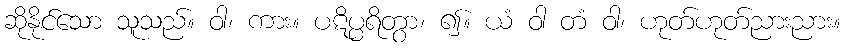
ဆိုနိုင်သော သူသည်။ ဝါ၊ ကား။ ပဋိပ္ပရိတွာ၊ ၍။ ယံ ဝါ တံ ဝါ၊ ဟုတ်ဟုတ်ညားညား။